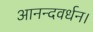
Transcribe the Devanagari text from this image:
आनन्दवर्धन।